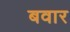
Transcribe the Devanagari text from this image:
बवार